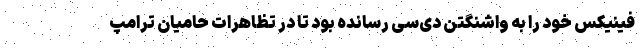
فینیکس خود را به واشنگتن دی‌سی رسانده بود تا در تظاهرات حامیان ترامپ